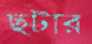
ছটার